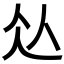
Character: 𱎣